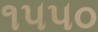
૧૫૫૦